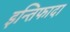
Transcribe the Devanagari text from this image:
इन्तिफादा